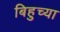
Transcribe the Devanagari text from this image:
बिहुच्या